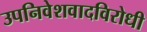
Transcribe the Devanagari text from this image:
उपनिवेशवादविरोधी